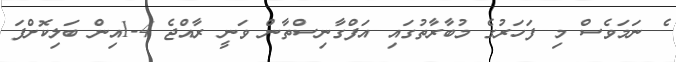
ެ ނަމަވެސް މި ފަހަރުގެ މުބާރާތުގައި އަފްގާނިސްތާން ވަނީ ރާއްޖެ 4-1އިން ބަލިކޮށްފަ